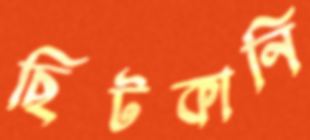
ছিটকানি